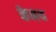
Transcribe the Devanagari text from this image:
केनथ